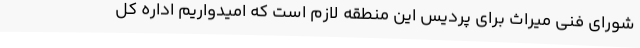
شورای فنی میراث برای پردیس این منطقه لازم است که امیدواریم اداره کل